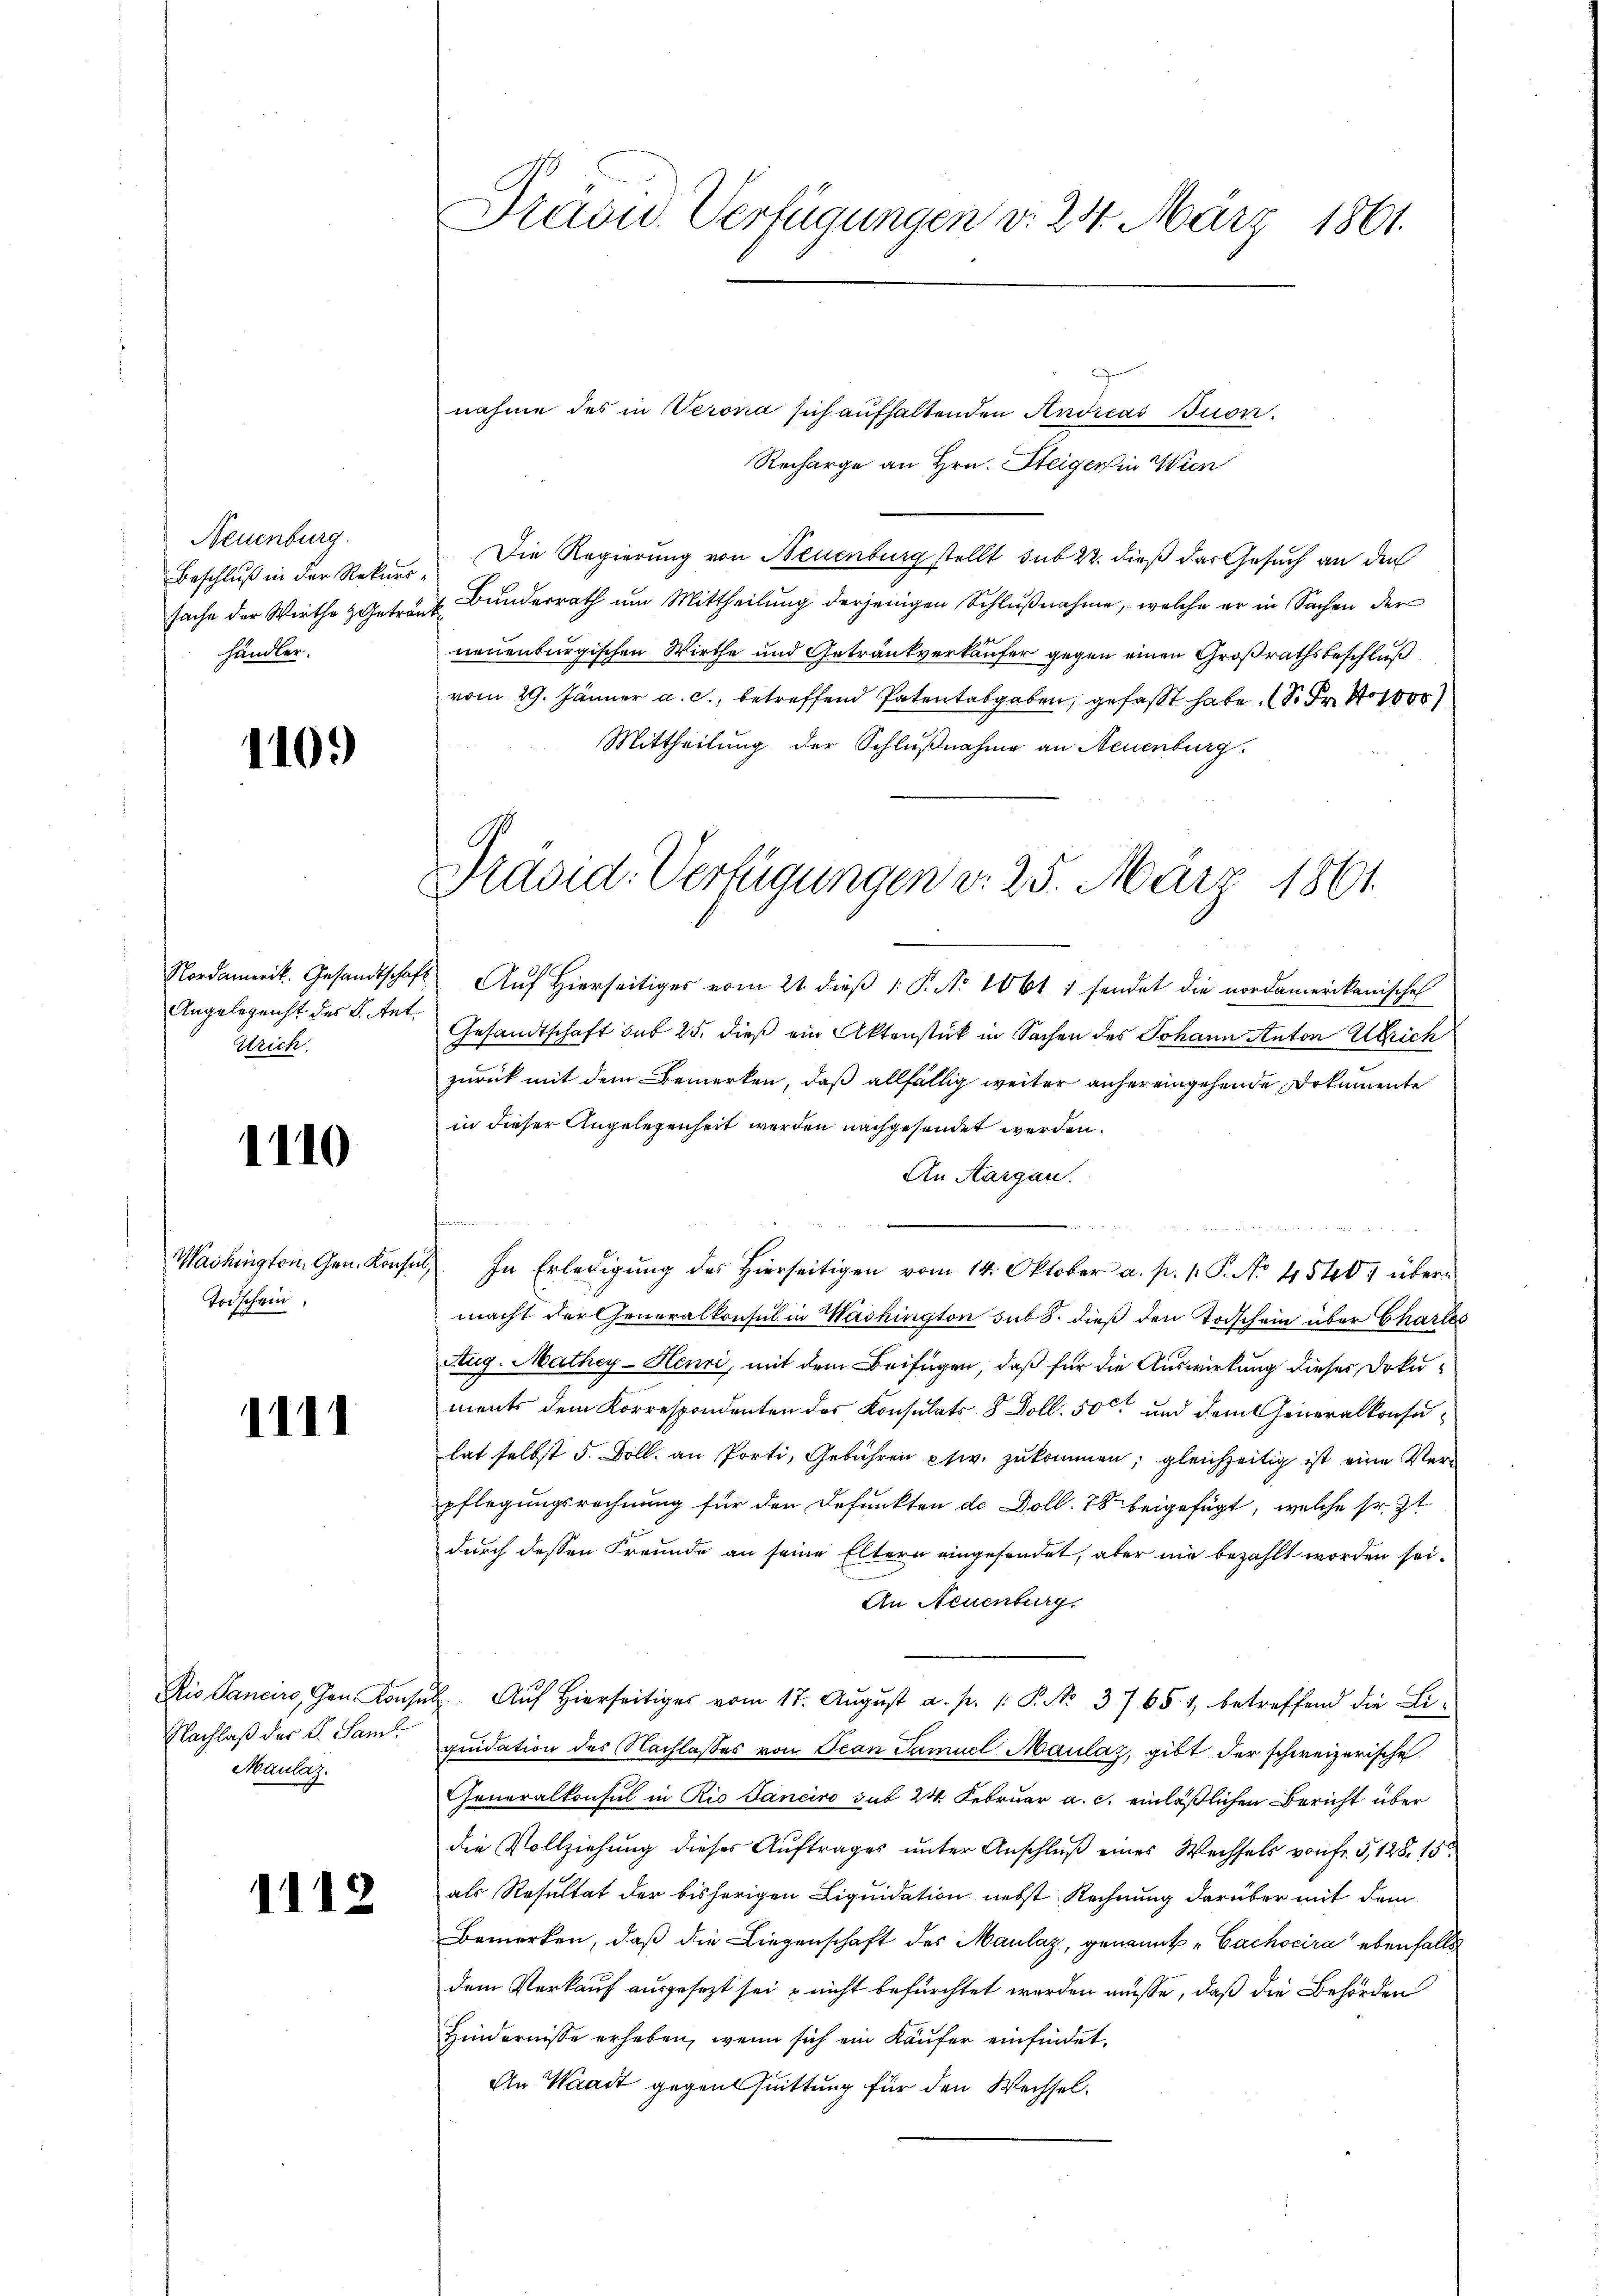
Neuenburg.
Beschluß in der Rekurs
sache der Wirthe Geträhändler.

110.

Nordamerik. Gesandtschaf
Angelegenst des K. Ant.
Wrich.

1110

Washington Gen. Konse
Todschein.

1111

Ris Sanciers, Gen. Kons
Nachlaß der L. Saml
Maulaz.

1112

Dravid. Verfügungen v. 24. März 1861.

nahme des in Verona sich aufhaltenden Andicas con
Recharge an Hrn. Steigen in Wien
Die Regierung von Neuenburg stellt sub 22. dieß das Gesuch an den
„Bunderrath um Mittheilung derjenigen Schlußnahme, welche er in Sachen der
neuenburgischen Wirthe und Getränkverkäufer gegen einen Großrathsbeschluß
vom 29. Jänner a. c., betreffend Patentabgaben, gefaßt habe. (S. Fr. 1000
Mittheilung der Schlußnahme an Neuenburg.
Auf Hierseitiges vom 21. dieß 1 P. No 1061 1 sendet die nordamerikanische
Gesandtschaft sub 25. dieß ein Aktenstück in Sachen des Johann Anton Ulrich
zurück mit dem Bemerken, daß allfällig weiter anhereingehende Dokumente
in dieser Angelegenheit werden nachgesendet werden.
An Aargau.
¬

In Erledigŭng des hierseitigen vom 14. Oktober a. p. 1. P. No. 4540. übern
macht der Generalkonsul in Washington sub 8. dieß den Todschein über Chartes
Aug. Mathey-Henri, mit dem Beifügen, daß für die Auswirkung dieser Dokuments dem Korrespondenten des Konsulats 8 Doll. 500 und dem Generalkonsulat selbst 5. Soll an Porti, Gebühren etw. zukommen; gleichzeitig ist eine Verpflegungsrechnung für den Defunkten de Doll. 78 beigefügt, welche sr. Zt
durch dessen Freunde an seine Eltern eingesendet, aber nie bezahlt worden sei.
An Neuenburg
Auf Hierseitiges vom 17. August a. p. 1: P. No 3765. 1 betreffend die Liquidation des Nachlasses von Jean Samuel Maulaz, gibt der schweizerische
Generalkonsul in Rio Sancire sub 24. Februar a. c. einläßlichen Bericht über
die Vollziehung dieses Auftrages unter Anschluß eines Wechsels von fr. 5,128. 15
als Resultat der bisherigen Liquidation nebst Rechnung darüber mit dem
Bemerken, daβ die Liegenschaft der Maulaz, genannt „Cachocira ebenfalls
dem Verkauf ausgesezt sei u nicht befürchtet worden müsse, daß die Behörden
Hindernisse erheben, wenn sich ein Käufer einfindet.
An Waadt gegen Quittung für den Wechsel¬

e

Pravid. Verfügungen d. 25. März 1861.